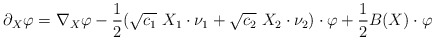
\begin{align*}\partial_X\varphi=\nabla_X \varphi-\frac{1}{2} (\sqrt{c_1}\ X_1 \cdot \nu_1 + \sqrt{c_2}\ X_2 \cdot \nu_2)\cdot\varphi + \frac{1}{2}B(X)\cdot \varphi\end{align*}